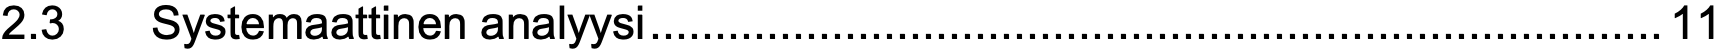
2.3  Systemaattinen analyysi..............................................................................11